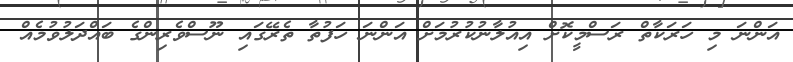
އަންނަ މި ހަރަކާތް ރަސްމީކޮށް އިއުލާނުކުރުމަށް އަންނަ ހަފުތާ ތެރޭގައި ނޫސްވެރިންގެ ބައްދަލުވުމެއް